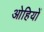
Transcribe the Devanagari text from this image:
ओहियों